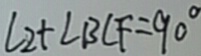
\angle 2 + \angle B C F = 9 0 ^ { \circ }